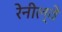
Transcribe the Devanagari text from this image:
रेनील्वे